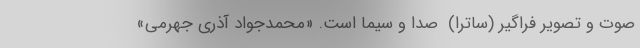
صوت و تصویر فراگیر (ساترا) ‌ صدا و سیما است. «محمدجواد آذری جهرمی»